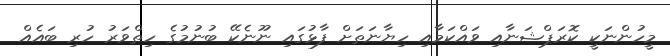
މީހުންނަކީ ކޮރަޕްޝަނާއި ވައްކަމާއި ހިޔާނަތަށް ފާޅުގައި ނޫނެކޭ ބުނުމުގެ ހިތްވަރު ހުރި ބައެއް